Medical and sanitary report of the native army of Bengal for the year
Year: 1877
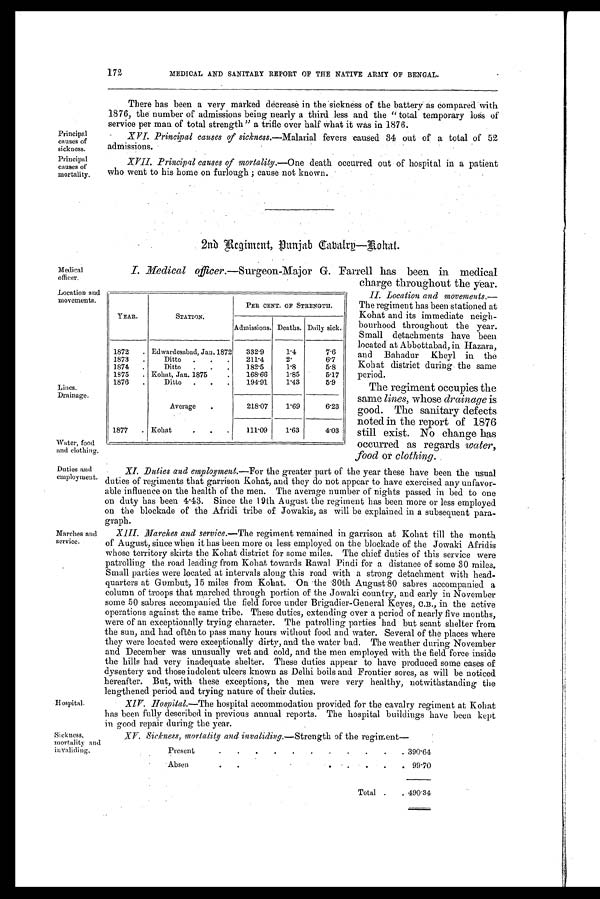
Principal
causes of
sickness.
Principal
causes of
mortality.
Medical
officer.
Location and
movements.
Lines.
Drainage.
Water, food
and clothing.
Duties and
employment.
Marches and
service.
H ospital.
Sickness,
mortality and
invaliding.
172
MEDICAL AND SANITARY REPORT OF THE NATIVE ARMY OF BENGAL.
There has been a very marked decrease in the sickness of the battery as compared with
1876, the number of admissions being nearly a third less and the "total temporary loss of
service per man of total strength" a trifle over half what it was in 1876.
XVI. Principal causes of sickness.— Malarial fevers caused 34 out of a total of 52
admissions.
XVII. Principal causes of mortality .—One death occurred out of hospital in a patient
who went to his home on furlough ; cause not known.
2nd Regiment Punjab Cabalry—Kohat.
I. Medical officer.— Surgeon-Major G. Farrell has been in medical
charge throughout the year.
II. Location and movements.—
The regiment has been stationed at
Kohat and its immediate neigh--
bourhood throughout the year.
Small detachments have been
located at Abbottabad, in Hazara,
and Bahadur Kheyl in the
Kohat district during the same
period.
The regiment occupies the
same lines, whose drainage is
good. The sanitary defects
noted in the report of 1876
still exist. No change has
occurred as regards water,
food orc l o t h i n g .
XI. Duties and employment.—For the greater part of the year these have been the usual
duties of regiments that garrison Kohat, and they do not appear to have exercised any unfavor-
able influence on the health of the men. The average number of nights passed in bed to one
on duty has been 4 . 43. Since the 19th August the regiment has been more or less employed
on the blockade of the Afridi tribe of Jowakis, as will be explained in a subsequent para-
graph.
XI I I . Ma r c he s a nd s e r vi c e. — T h e
r e g i m e n t r e m a i n e d i n g a r r i s o n a t K o h a t t i l l t h e m o n t h
of August, since when it has been more of less employed on the blockade of the Jowaki Afridis
whose territory skirts the Kohat district for some miles. The chief duties of this service were
patrolling the road leading from Kohat towards Rawal Pindi for a distance of some 30 miles.
Small parties were located at intervals along this road with a strong detachment with head-
quarters at Gumbut, 15 miles from Kohat. On the 30th August 80 sabres accompanied a
column of troops that marched through portion of the Jowaki country, and early in November
some 50 sabres accompanied the field force under Brigadier-General Keyes, C.B., in the active
operations against the same tribe. These duties, extending over a period of nearly five months,
were of an exceptionally trying character. The patrolling parties had but scant shelter from
the sun, and had often to pass many hours without food and water. Several of the places where
they were located were exceptionally dirty, and the water bad. The weather during November
and December was unusually wet and cold, and the men employed with the field force inside
the hills had very inadequate shelter. These duties appear to have produced some cases of
dysentery and those indolent ulcers known as Delhi boils and Frontier sores, as will be noticed
hereafter. But, with these exceptions, the men were very healthy, notwithstanding the
lengthened period and trying nature of their duties.
XIV. Hospital .—The hospital accommodation provided for the cavalry regiment at Kohat
has been fully described in previous annual reports. The hospital buildings have been kept
in good repair during the year.
XV. Sickness, mortality and invaliding.— Strength of the regiment—
Present
. .
.
.
.
.
.
.
.
.
. 390.64
Absent
.
.
.
.
.
.
.
.
.
.
.
99.70
Total .
. 490.34
YEAR.
STATION.
PER CENT, OF STRENGTII.
Admissions. Deaths. Daily sick.
1872
. Edwardesabad, Jan. 1872
332.9
1.4
7.6
1873
.
Ditto
.
.
.
211.4
2 .
6.7
1874
.
Ditto
.
.
.
182.5
1.8
5.8
1875
. Kohat, Jan. 1875
.
168.66
1.85
5.17
1876
.
Ditto
.
.
.
194.91
1.43
5.9
Average
.
218.07
1.69
6.23
1877
. Kohat
.
.
.
111.09
1.63
4.03